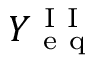
Y _ { \mathrm { ~ e ~ q ~ } } ^ { \mathrm { ~ I ~ I ~ } }